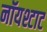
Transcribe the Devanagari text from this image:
नॉयश्टाट